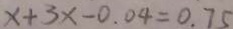
x + 3 x - 0 . 0 4 = 0 . 7 5